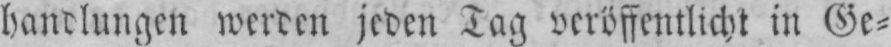
Handlungen werden jeden Tag veröffentlicht in Ge⸗